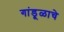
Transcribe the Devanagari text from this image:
गांडूळाचे